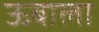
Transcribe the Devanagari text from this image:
ऊबाला